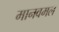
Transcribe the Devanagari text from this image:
मानवमल